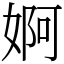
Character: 婀